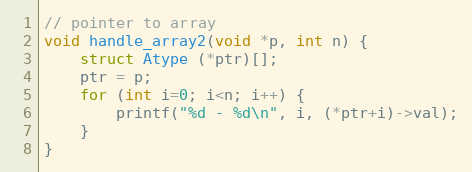
Language: C
// pointer to array
void handle_array2(void *p, int n) {
	struct Atype (*ptr)[];
	ptr = p;
	for (int i=0; i<n; i++) {
		printf("%d - %d\n", i, (*ptr+i)->val);
	}
}